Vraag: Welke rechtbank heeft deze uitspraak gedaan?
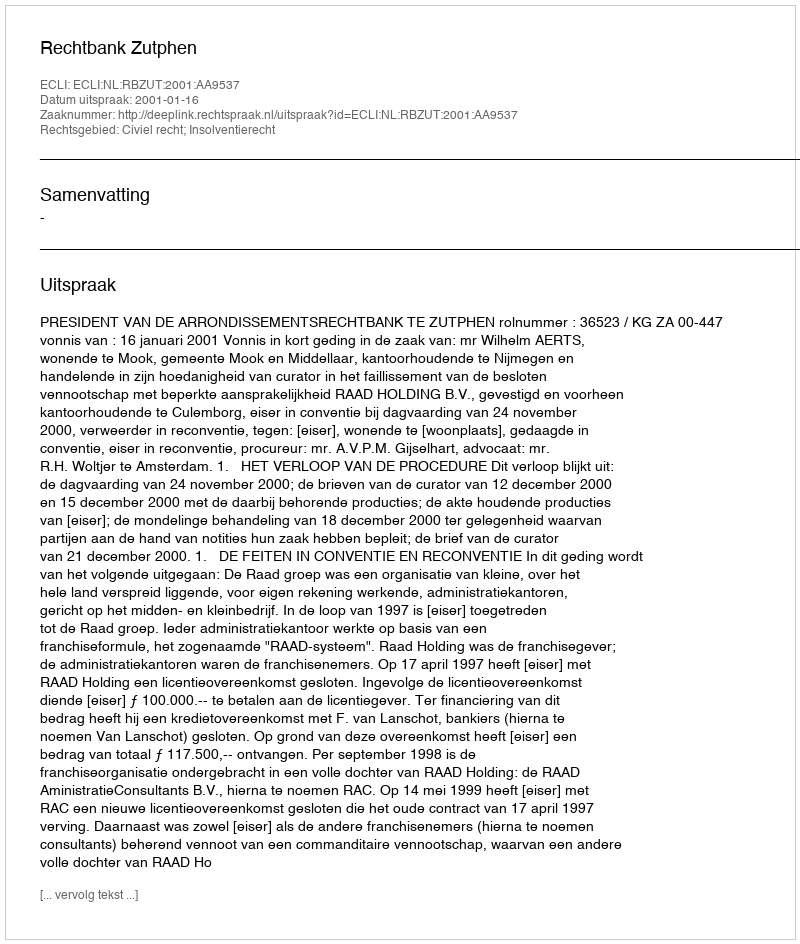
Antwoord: Rechtbank Zutphen